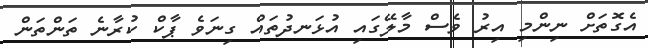
އެގޮތަށް ނިންމި އިރު ވެސް މާލޭގައި އުޅަނދުތައް ގިނަވެ ޕާކް ކުރާނެ ތަންތަން